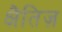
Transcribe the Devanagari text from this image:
क्षैतिज़